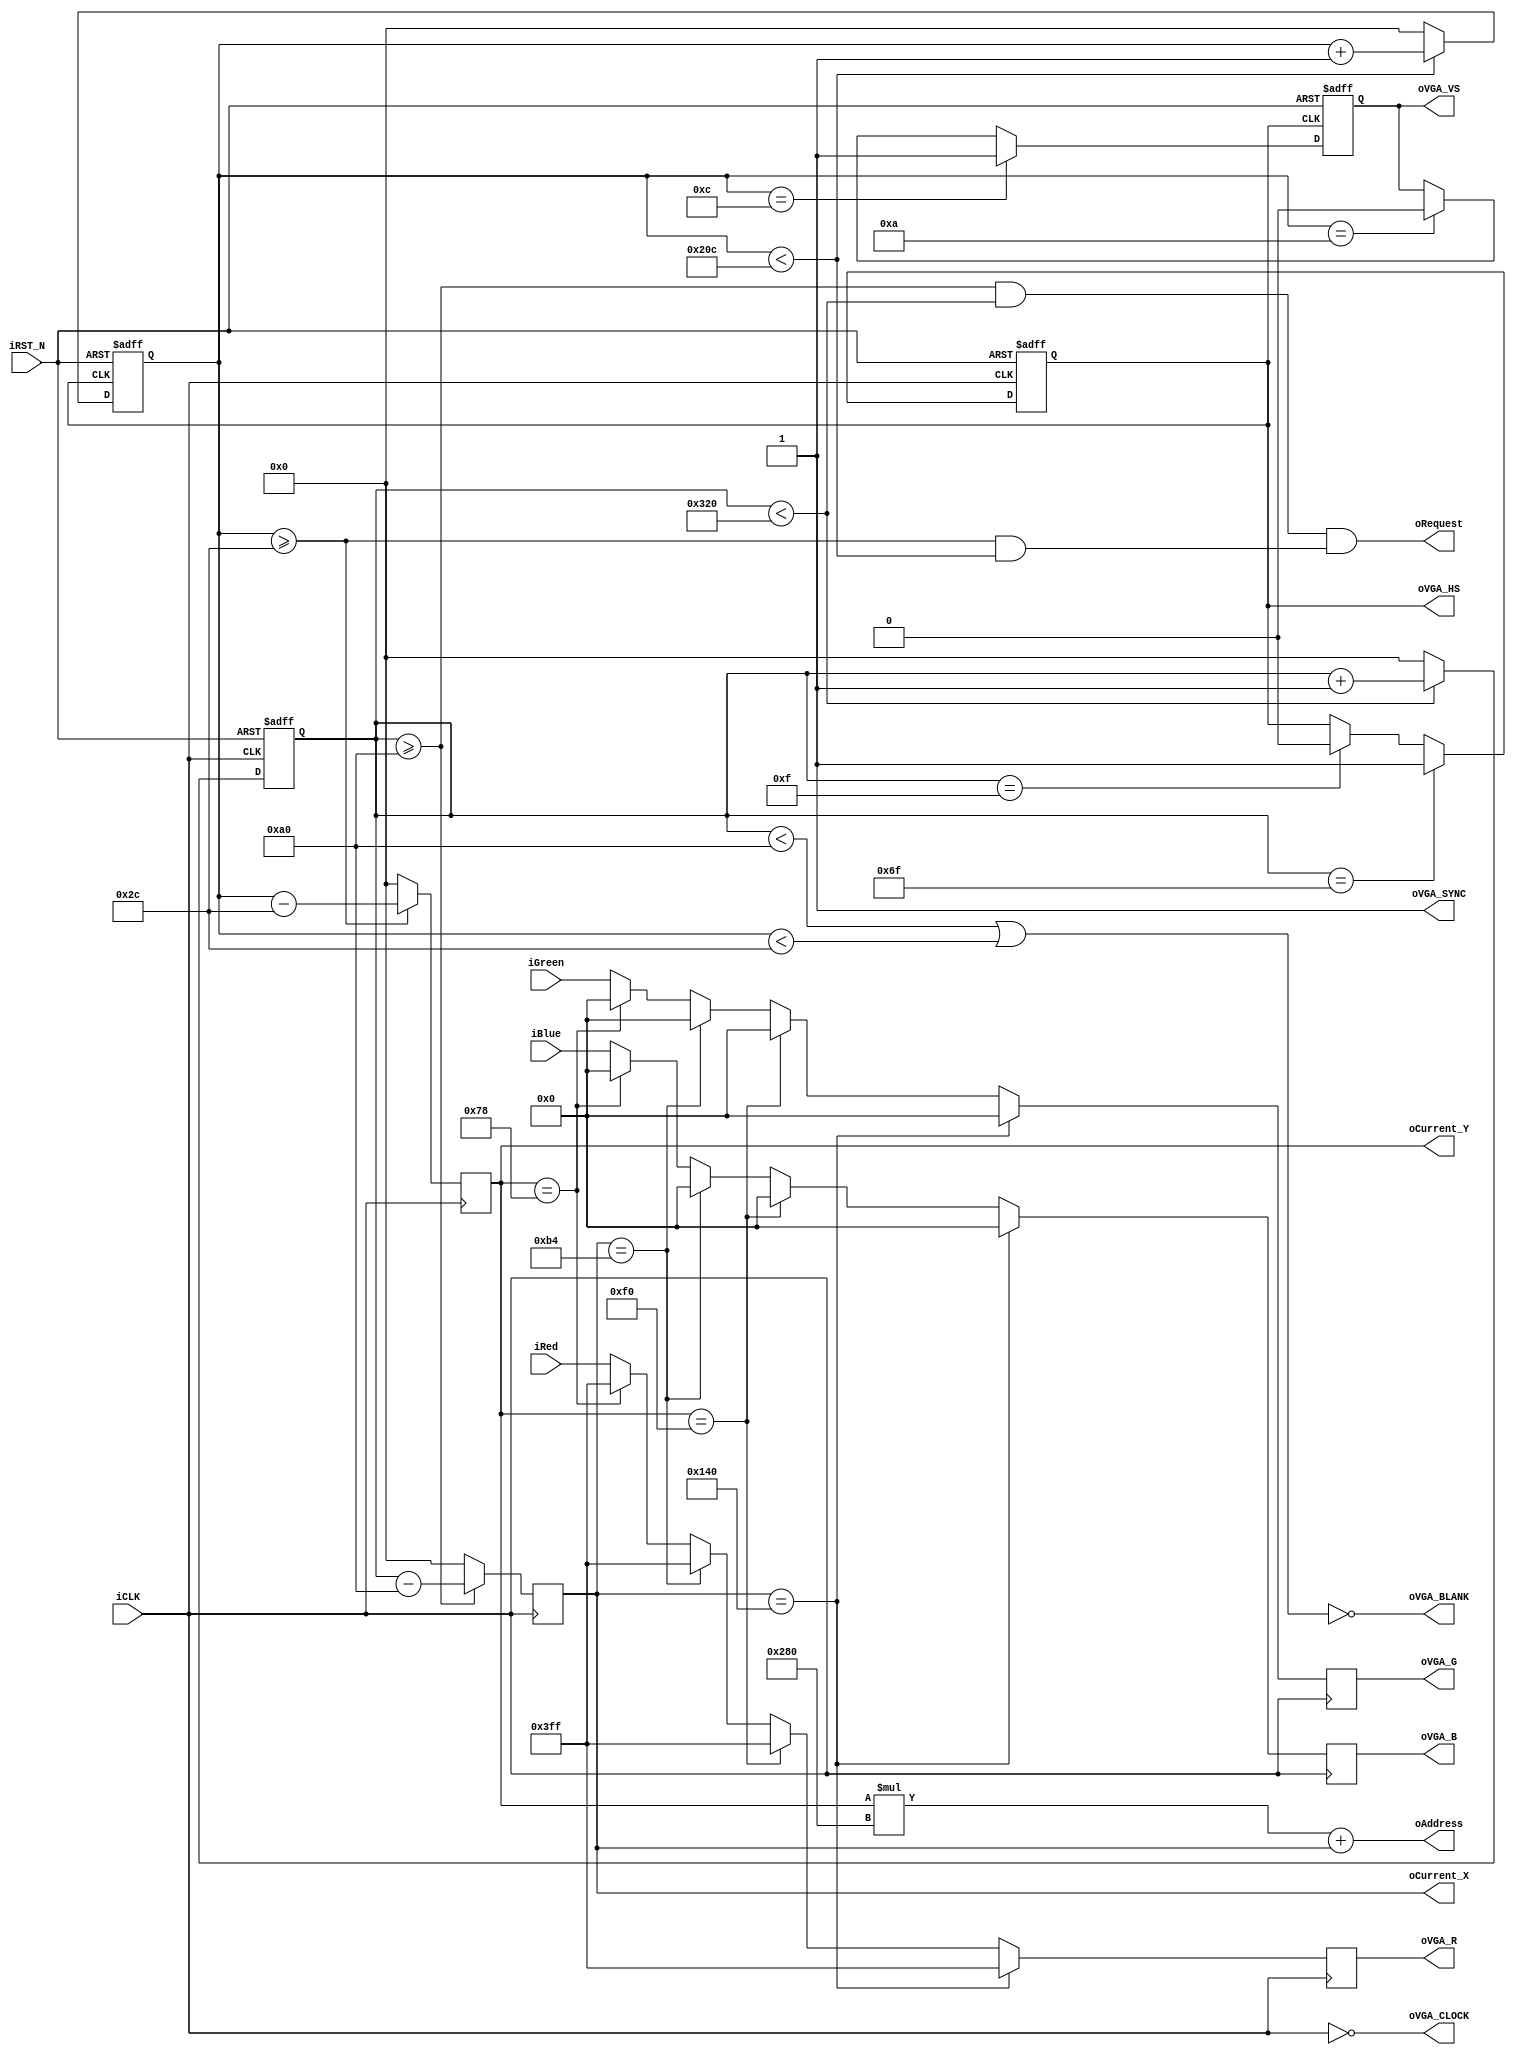
module	VGA_Controller	(	//	Host Side
						iRed,
						iGreen,
						iBlue,
						oCurrent_X,
						oCurrent_Y,
						oAddress,
						oRequest,
						//	VGA Side
						oVGA_R,
						oVGA_G,
						oVGA_B,
						oVGA_HS,
						oVGA_VS,
						oVGA_SYNC,
						oVGA_BLANK,
						oVGA_CLOCK,
						//	Control Signal
						iCLK,
						iRST_N	);
//	Host Side
input		[9:0]	iRed;
input		[9:0]	iGreen;
input		[9:0]	iBlue;
output		[21:0]	oAddress;
output		[10:0]	oCurrent_X;
output		[10:0]	oCurrent_Y;
output				oRequest;
//	VGA Side
output		[9:0]	oVGA_R;
output		[9:0]	oVGA_G;
output		[9:0]	oVGA_B;
reg [9:0] VGA_R, VGA_G, VGA_B;
reg	[10:0] VGA_X,VGA_Y;
output	reg			oVGA_HS;
output	reg			oVGA_VS;
output				oVGA_SYNC;
output				oVGA_BLANK;
output				oVGA_CLOCK;
//	Control Signal
input				iCLK;
input				iRST_N;	
//	Internal Registers
reg			[10:0]	H_Cont;
reg			[10:0]	V_Cont;
////////////////////////////////////////////////////////////
//	Horizontal	Parameter
parameter	H_FRONT	=	16;
parameter	H_SYNC	=	96;
parameter	H_BACK	=	48;
parameter	H_ACT	=	640;
parameter	H_BLANK	=	H_FRONT+H_SYNC+H_BACK;
parameter	H_TOTAL	=	H_FRONT+H_SYNC+H_BACK+H_ACT;
////////////////////////////////////////////////////////////
//	Vertical Parameter
parameter	V_FRONT	=	11;
parameter	V_SYNC	=	2;
parameter	V_BACK	=	31;
parameter	V_ACT 	=	480;
parameter	V_BLANK	=	V_FRONT+V_SYNC+V_BACK;
parameter	V_TOTAL	=	V_FRONT+V_SYNC+V_BACK+V_ACT;
////////////////////////////////////////////////////////////
assign	oVGA_SYNC	=	1'b1;			//	This pin is unused.
assign	oVGA_BLANK	=	~((H_Cont<H_BLANK)||(V_Cont<V_BLANK));
assign	oVGA_CLOCK	=	~iCLK;

assign	oVGA_R		=	VGA_R;
assign	oVGA_G		=	VGA_G;
assign	oVGA_B		=	VGA_B;

assign	oCurrent_X = VGA_X;
assign	oCurrent_Y = VGA_Y;
assign	oAddress	=	oCurrent_Y*H_ACT+oCurrent_X;
assign	oRequest	=	((H_Cont>=H_BLANK && H_Cont<H_TOTAL)	&&
						 (V_Cont>=V_BLANK && V_Cont<V_TOTAL));
//assign	oCurrent_X	=	(H_Cont>=H_BLANK)	?	H_Cont-H_BLANK	:	11'h0	;
//assign	oCurrent_Y	=	(V_Cont>=V_BLANK)	?	V_Cont-V_BLANK	:	11'h0	;

//	Horizontal Generator: Refer to the pixel clock
always@(posedge iCLK or negedge iRST_N)
begin
	if(!iRST_N)
	begin
		H_Cont		<=	0;
		oVGA_HS		<=	1;
	end
	else
	begin
		if(H_Cont<H_TOTAL)
		H_Cont	<=	H_Cont+1'b1;
		else
		H_Cont	<=	0;
		//	Horizontal Sync
		if(H_Cont==H_FRONT-1)			//	Front porch end
		oVGA_HS	<=	1'b0;
		if(H_Cont==H_FRONT+H_SYNC-1)	//	Sync pulse end
		oVGA_HS	<=	1'b1;
	end
end

//	Vertical Generator: Refer to the horizontal sync
always@(posedge oVGA_HS or negedge iRST_N)
begin
	if(!iRST_N)
	begin
		V_Cont		<=	0;
		oVGA_VS		<=	1;
	end
	else
	begin
		if(V_Cont<V_TOTAL)
		V_Cont	<=	V_Cont+1'b1;
		else
		V_Cont	<=	0;
		//	Vertical Sync
		if(V_Cont==V_FRONT-1)			//	Front porch end
		oVGA_VS	<=	1'b0;
		if(V_Cont==V_FRONT+V_SYNC-1)	//	Sync pulse end
		oVGA_VS	<=	1'b1;
	end
end

always @(posedge iCLK)
begin
	if(H_Cont>=H_BLANK)
		VGA_X <= H_Cont-H_BLANK;
	else
		VGA_X <= 11'h0;
	
	if(V_Cont>=V_BLANK)
		VGA_Y <= V_Cont-V_BLANK;
	else
		VGA_Y <= 11'h0;
	
	if(VGA_X == 320)
		begin
			VGA_R <= 10'hFfF;
			VGA_G <= 10'h0;
			VGA_B <= 10'h0;
		end 
		
	else if(VGA_Y == 240)
		begin
			VGA_R <= 10'hfFF;
			VGA_G <= 10'h0;
			VGA_B <= 10'h0;
		end 
		
	else	if(VGA_X == 180)
		begin
			VGA_R <= 10'hFfF;
			VGA_G <= 10'h0;
			VGA_B <= 10'h0;
		end 
	else if(VGA_Y == 120)
		begin
			VGA_R <= 10'hfFF;
			VGA_G <= 10'h0;
			VGA_B <= 10'h0;
		end 
	else
		begin
			VGA_R <= iRed;
			VGA_G <= iGreen;
			VGA_B <= iBlue;
		end
end
endmodule